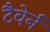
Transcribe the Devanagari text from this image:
टैवेर्न